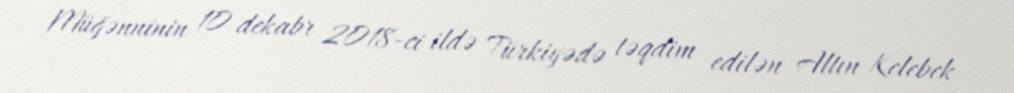
Müğənninin 10 dekabr 2018-ci ildə Türkiyədə təqdim edilən Altın Kelebek